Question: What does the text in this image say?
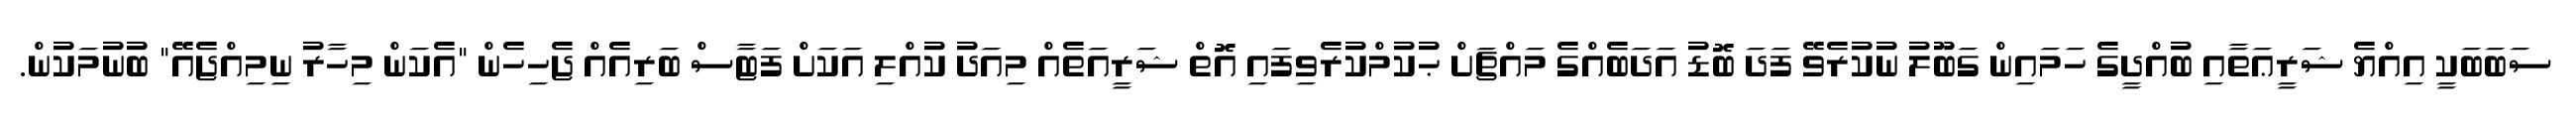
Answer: ސަބަބަކީ އިއްޔެ ޝަރީޢަތާއި ބުއްދީގެ ހަމައިން ގަބޫލު ނުކުރެވޭ ފަދަ ބޮޑު އަދަބެއްގެ މައްޗަށް ޙުކުމްކުރެވިފައި އޮތް ޝަރީއަތެއް މިއަދު ކުއްލި އަކަށް ފަޓާސް ބަރިއެއް ޖެހިހެން "އެކަން މިހާރު ނިމިއްޖެއޭ" ބުނުމަކުން.